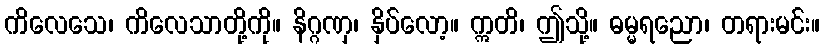
ကိလေသေ၊ ကိလေသာတို့ကို။ နိဂ္ဂဏှ၊ နှိပ်လော့။ ဣတိ၊ ဤသို့။ ဓမ္မရညော၊ တရားမင်း။